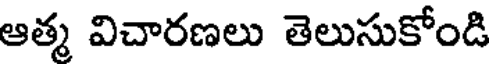
ఆత్మ విచారణలు తెలుసుకోండి